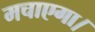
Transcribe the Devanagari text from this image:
मचाएगा।